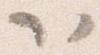
以